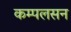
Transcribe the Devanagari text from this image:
कम्पलसन